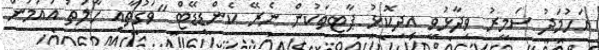
އަހުމަދު ސަމީރު ވިދާޅުވީ އިދިކޮޅު ޕާޓީތަކުން ނެރޭ ކެންޑިޑޭޓް "ވަގުތާއި ހާލަތު އައުމުން